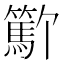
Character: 𬕳